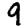
Digit: 9